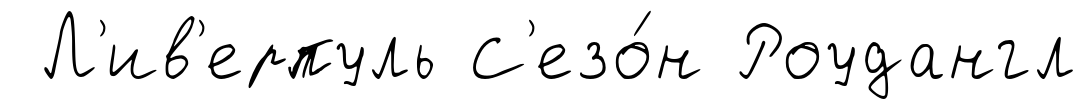
Л'ив'ерпуль С'езо́н Роудангл